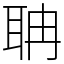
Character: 聃